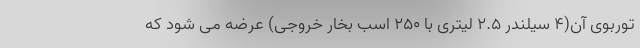
توربوی آن(4 سیلندر 2.5 لیتری با 250 اسب بخار خروجی) عرضه می شود که